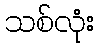
သစ်လုံး